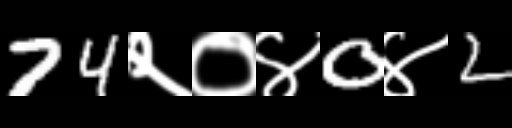
Text: 74२०४0४2